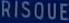
RISQUE